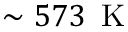
\sim 5 7 3 \, \mathrm { ~ K ~ }